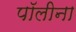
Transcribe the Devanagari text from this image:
पॉलीना